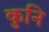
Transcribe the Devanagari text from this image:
कुनि